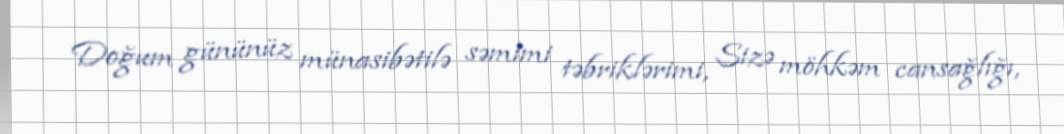
Doğum gününüz münasibətilə səmimi təbriklərimi, Sizə möhkəm cansağlığı,